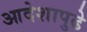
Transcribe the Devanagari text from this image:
आदेशापुढे